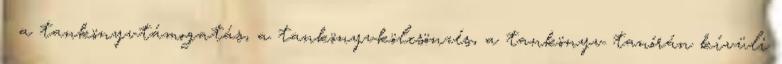
 a tankönyvtámogatás, a tankönyvkölcsönzés, a tankönyv tanórán kívüli